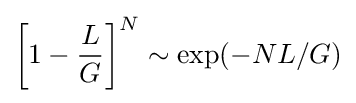
\left[1-{\frac {L}{G}}\right]^{N}\sim \exp(-NL/G)